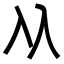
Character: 𠓜